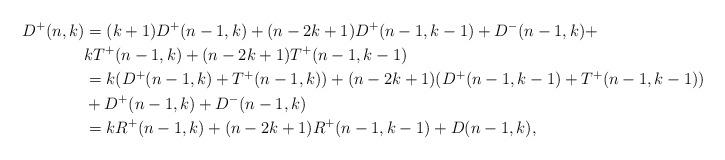
LaTeX: \begin{align*}D^{+}(n,k)&=(k+1)D^+(n-1,k)+(n-2k+1)D^+(n-1,k-1)+D^-(n-1,k)+\\&kT^+(n-1,k)+(n-2k+1)T^+(n-1,k-1)\\&=k(D^+(n-1,k)+T^+(n-1,k))+(n-2k+1)(D^+(n-1,k-1)+T^+(n-1,k-1))\\&+D^+(n-1,k)+D^-(n-1,k)\\&=kR^+(n-1,k)+(n-2k+1)R^+(n-1,k-1)+D(n-1,k),\end{align*}